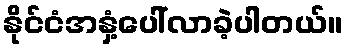
နိုင်ငံအနှံ့ပေါ်လာခဲ့ပါတယ်။